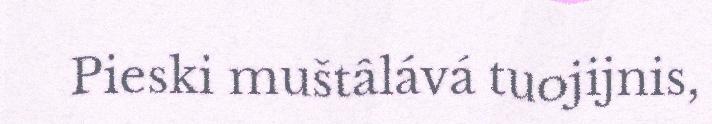
Pieski muštâlává tuojijnis,